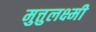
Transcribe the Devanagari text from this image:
मुत्तुलक्ष्मी